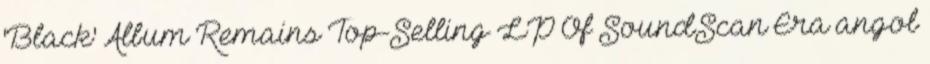
'Black' Album Remains Top-Selling LP Of SoundScan Era angol